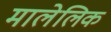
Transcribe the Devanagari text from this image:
मालेलिक